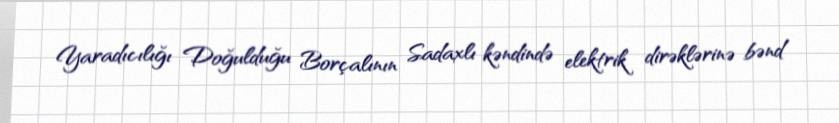
Yaradıcılığı Doğulduğu Borçalının Sadaxlı kəndində elektrik dirəklərinə bənd